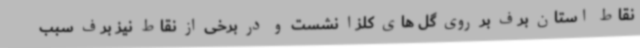
نقاط استان برف بر روی گل های کلزا نشست و در برخی از نقاط نیز برف سبب